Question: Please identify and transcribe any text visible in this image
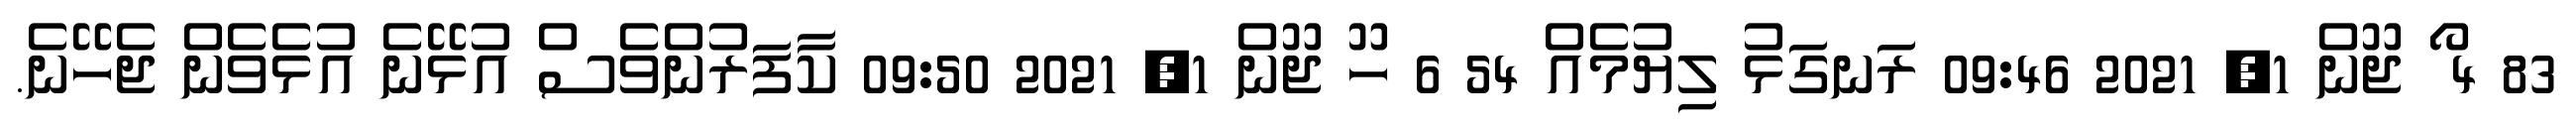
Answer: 83 4 ޯ ޖޫން 1, 2021 09:46 ރަނގަޅު ލިޔުމެއް 54 6 ހޫ ޖޫން 1, 2021 09:50 ކާފަރުންވެސް އުޅޭނެ އުޅެވެން ޖެހޭނެ.